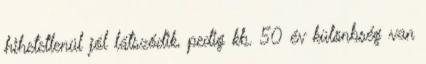
hihetetlenül jól látszódik, pedig kb. 50 év különbség van